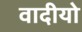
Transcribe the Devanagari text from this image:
वादीयो